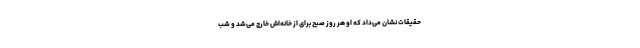
حقیقات نشان می‌داد که او هر روز صبح برای از خانه‌اش خارج می‌شد و شب